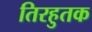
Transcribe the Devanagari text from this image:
तिरहुतक